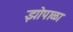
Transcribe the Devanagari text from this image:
झोपाळा